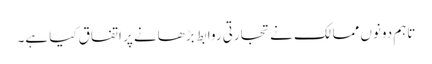
تاہم دونوں ممالک نے تجارتی روابط بڑھانے پر اتفاق کیا ہے۔